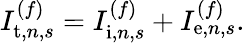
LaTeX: I_{\mathrm{t},n,s}^{(f)}=I_{\mathrm{i},n,s}^{(f)}+I_{\mathrm{e},n,s}^{(f)}.